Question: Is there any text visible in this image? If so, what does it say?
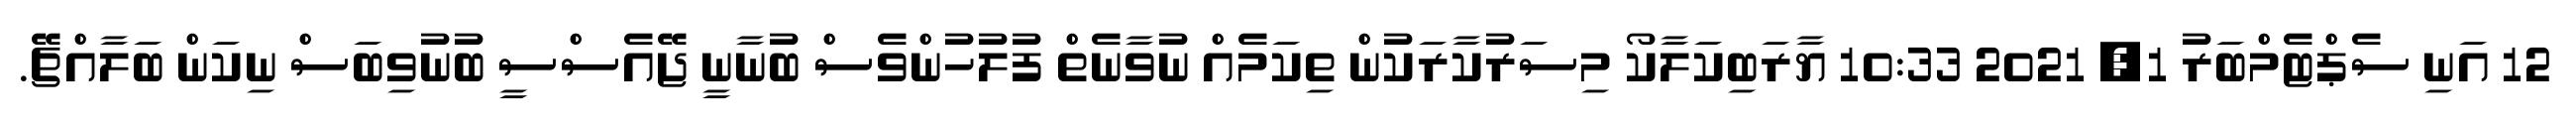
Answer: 12 އަނި ސެޕްޓެމްބަރު 1, 2021 10:33 ޔާރަބިކަލާކޯ މިސަރުކާރަކުން ތިކަމެއް ނުވާނެތް ފުލުހުންވެސް ބުނާނީ ޖޭއެސްސީ ބުނުވިބަސް ނިކަން ބަލާއްޗޭ.